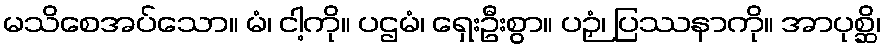
မသိစေအပ်သော။ မံ၊ ငါ့ကို။ ပဌမံ၊ ရှေးဦးစွာ။ ပဉှံ၊ ပြဿနာကို။ အာပုစ္ဆိ၊